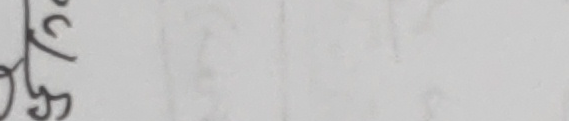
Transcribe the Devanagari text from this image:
ल्हक